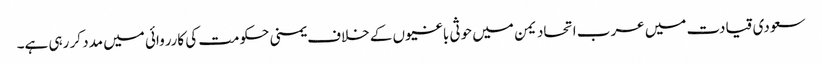
سعودی قیادت میں عرب اتحاد یمن میں حوثی باغیوں کے خلاف یمنی حکومت کی کارروائی میں مدد کر رہی ہے۔